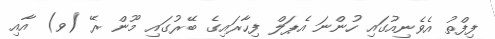
ފިފްތު އެވެނިއުގައި ހުންނަ އެޕަލް ފިހާރައިގެ ބޭރުގައި މޫން ރޭ (ވ) އާއި